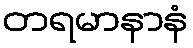
တရမာနာနံ